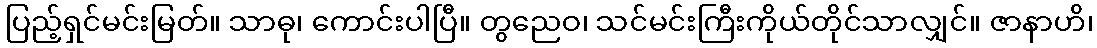
ပြည့်ရှင်မင်းမြတ်။ သာဓု၊ ကောင်းပါပြီ။ တွညေဝ၊ သင်မင်းကြီးကိုယ်တိုင်သာလျှင်။ ဇာနာဟိ၊